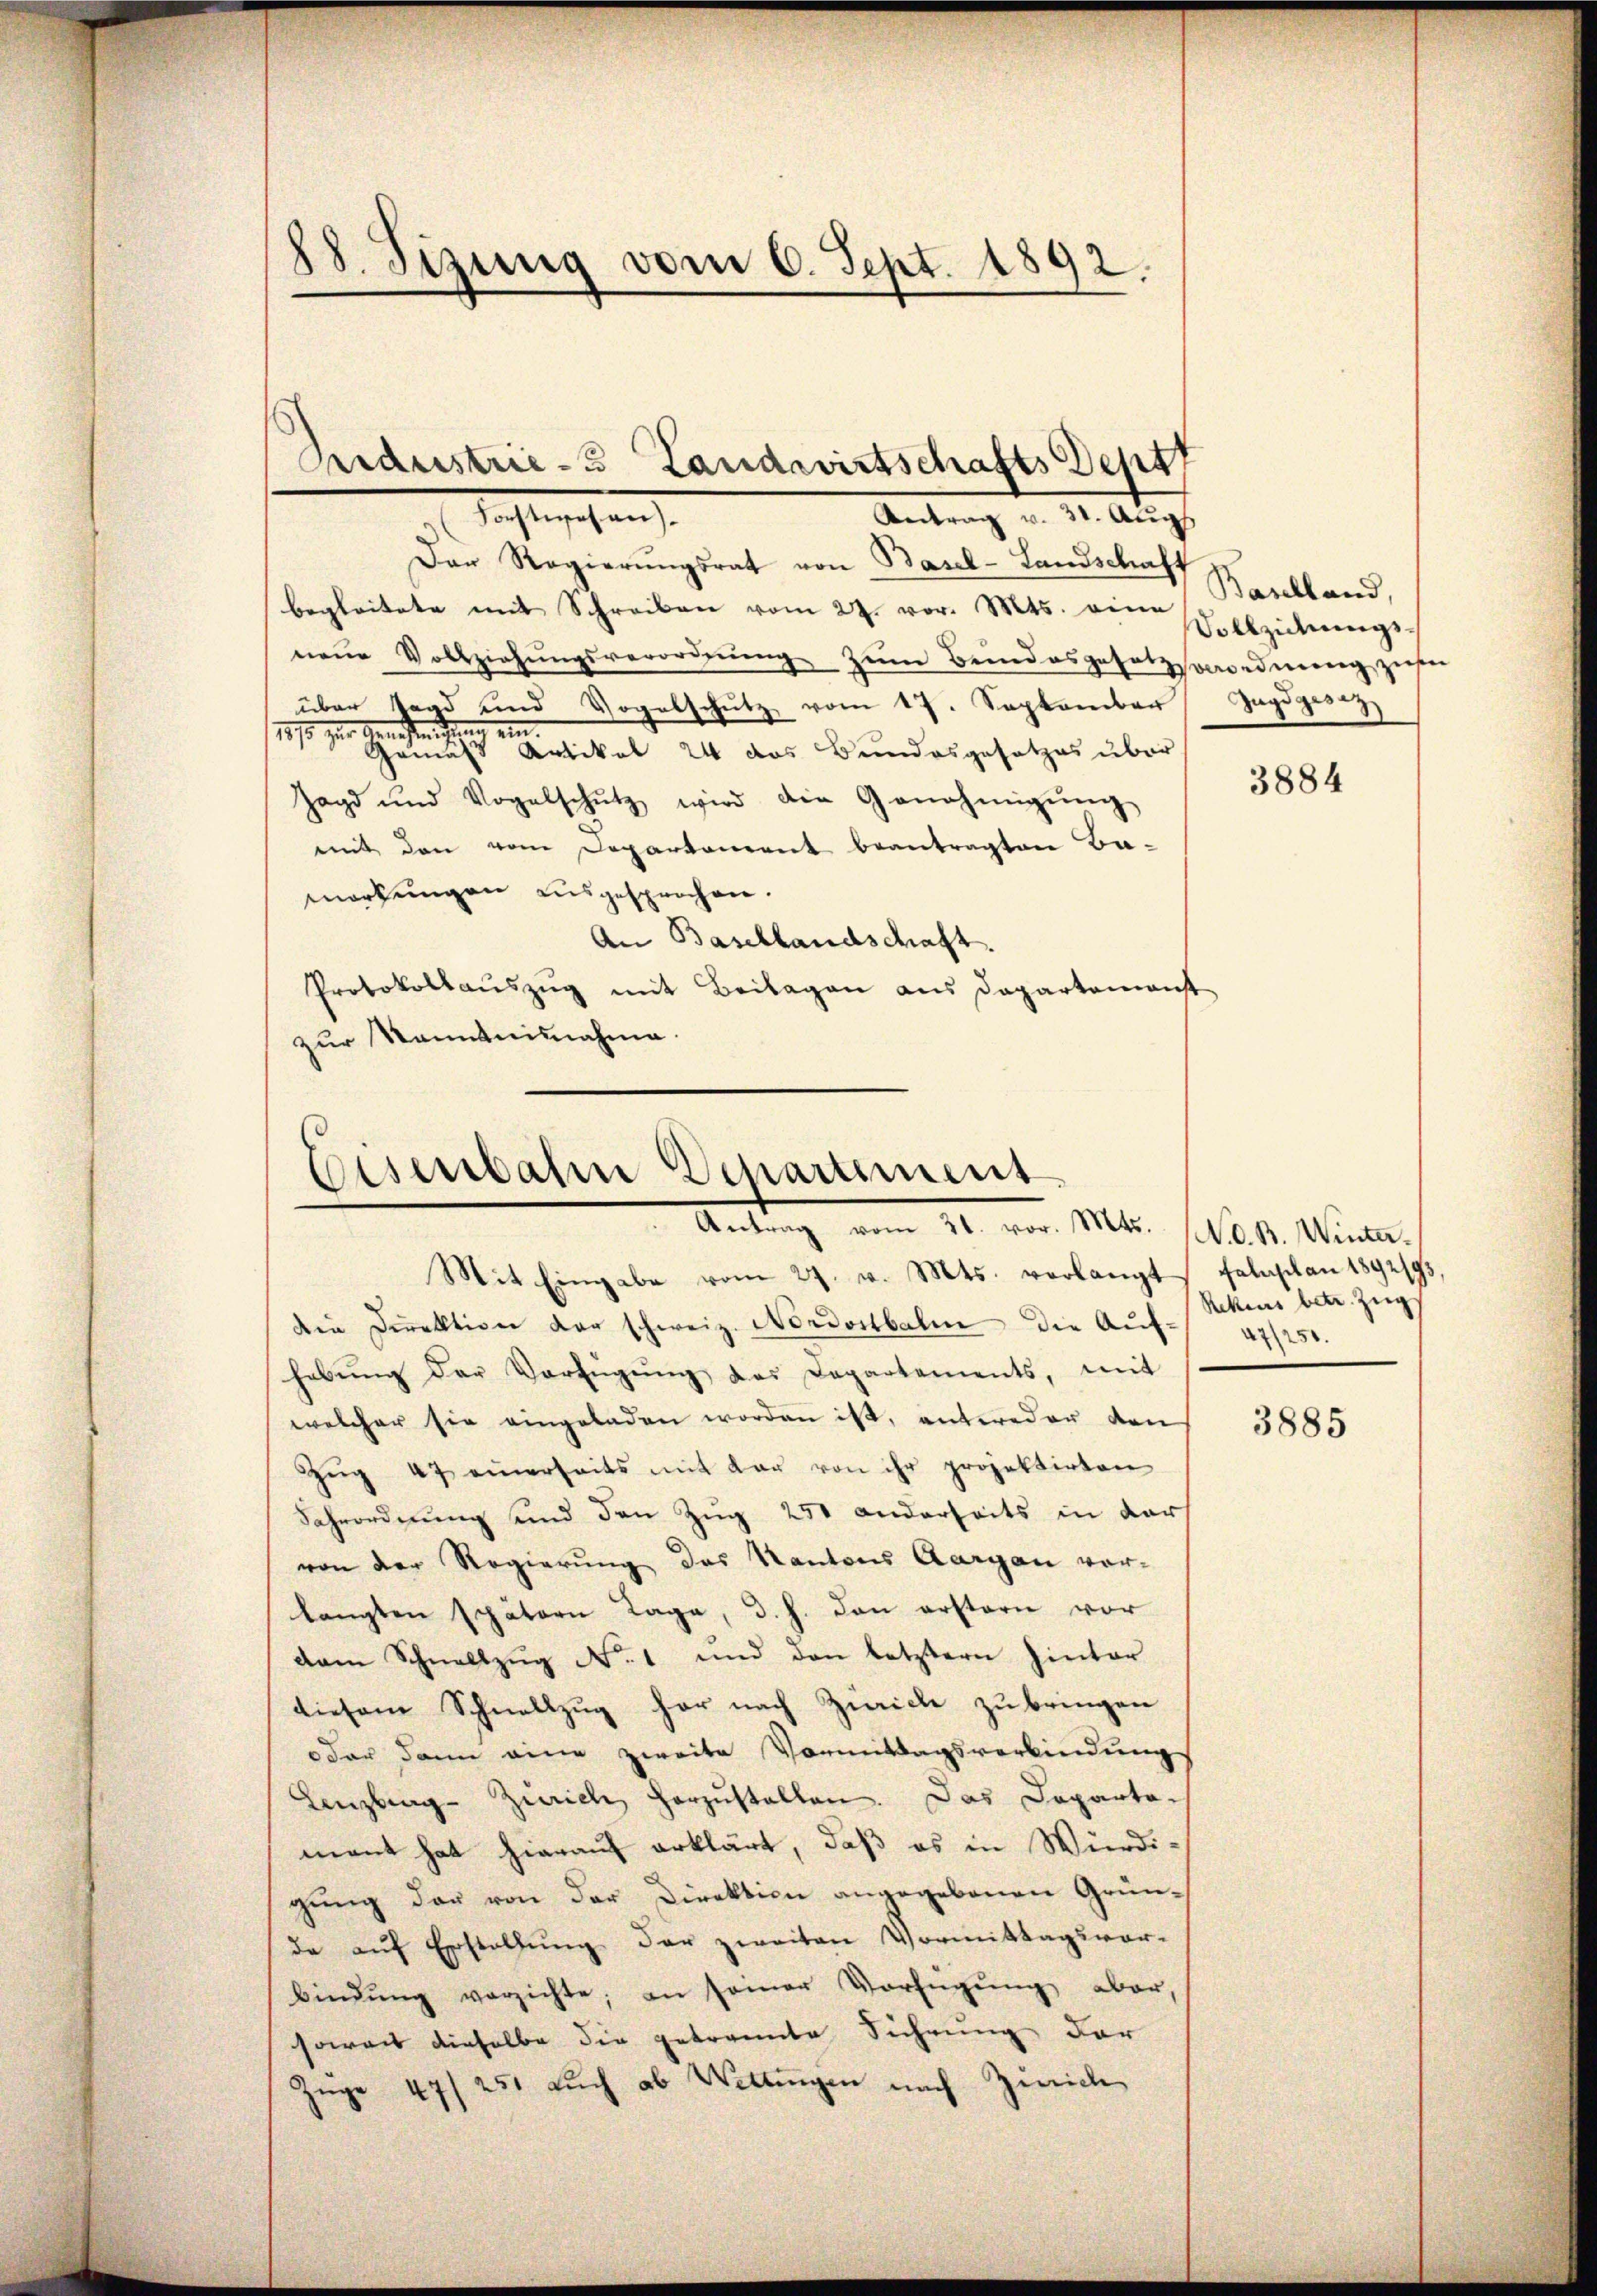
88. Sizung vom 6. Sept. 1892.

Der Regierŭngsrat von Basel-Landschaft
begleitete mit Schreiben vom 27. vor. Mts. eine Baselland,
neŭe Vollziehŭngsverordnŭng zŭm Beindesgesetzsomoedieng zu
über Tag und Vogelschŭtz vom 17. September Jagdgesez
18/3 zur Genehmend ein
Gemäss Artikel 24 das Bundesgesetzes über
Jagd und Vogelschŭtz wird die Genehmigŭng
mit den vom Departement beantragten Bamerkŭngen ausgesprochen.
An Basellandschaft.
Protokollaŭszŭg mit Beilagen aus Departenanst
zur Kenntnisnahme.

Bedustrie-3 Landwirtschafts Deput
Richtischen
Antrag v. 31. Aug.

Eisenbahn Departement
Antrag vom 21. vor. Mts. (N. O. B. Winter¬

Mit Eingabe vom 27. v. Mts. verlangt falaplan 1892/93,
die Direktion der schweiz. Nordostbahn die Auf- 47/250.
hebŭng der Verfügŭng des Departements, mit
welcher sie eingeladen worden ist, antweder den
Zŭg 47 einerseits mit dar von ihr projektirten
Sahrordnung und den Zug 250 anderseits in der
von der Regierung des Kantons Aargau vor-
langten spätern Tage, d. h. dan erstern vor
dam Schnellzug No. 1 und den letztern hinter
diesem Schnellzug her nach Zürich zu bringen
oder dann eine zweite Vormittagsverbindungs
Lenzburg - Zürich vorzŭstellen. Das Departomant hat hierauf erklärt, daß es in Würdigŭng der von der Direktion angegebenen Gründe auf Erstellung der zweiten Vormittagsvorbindŭng verzichte, an seiner Verfügŭng aber,
soweit dieselbe die getrannte Führung der
Züge 47/251 aŭch ab Wiltingen nach Zürich

Vollziehungs¬

3884

Rekens betr. Zug

3885